V__Kingissepa_nim__kolhoos, lk 39
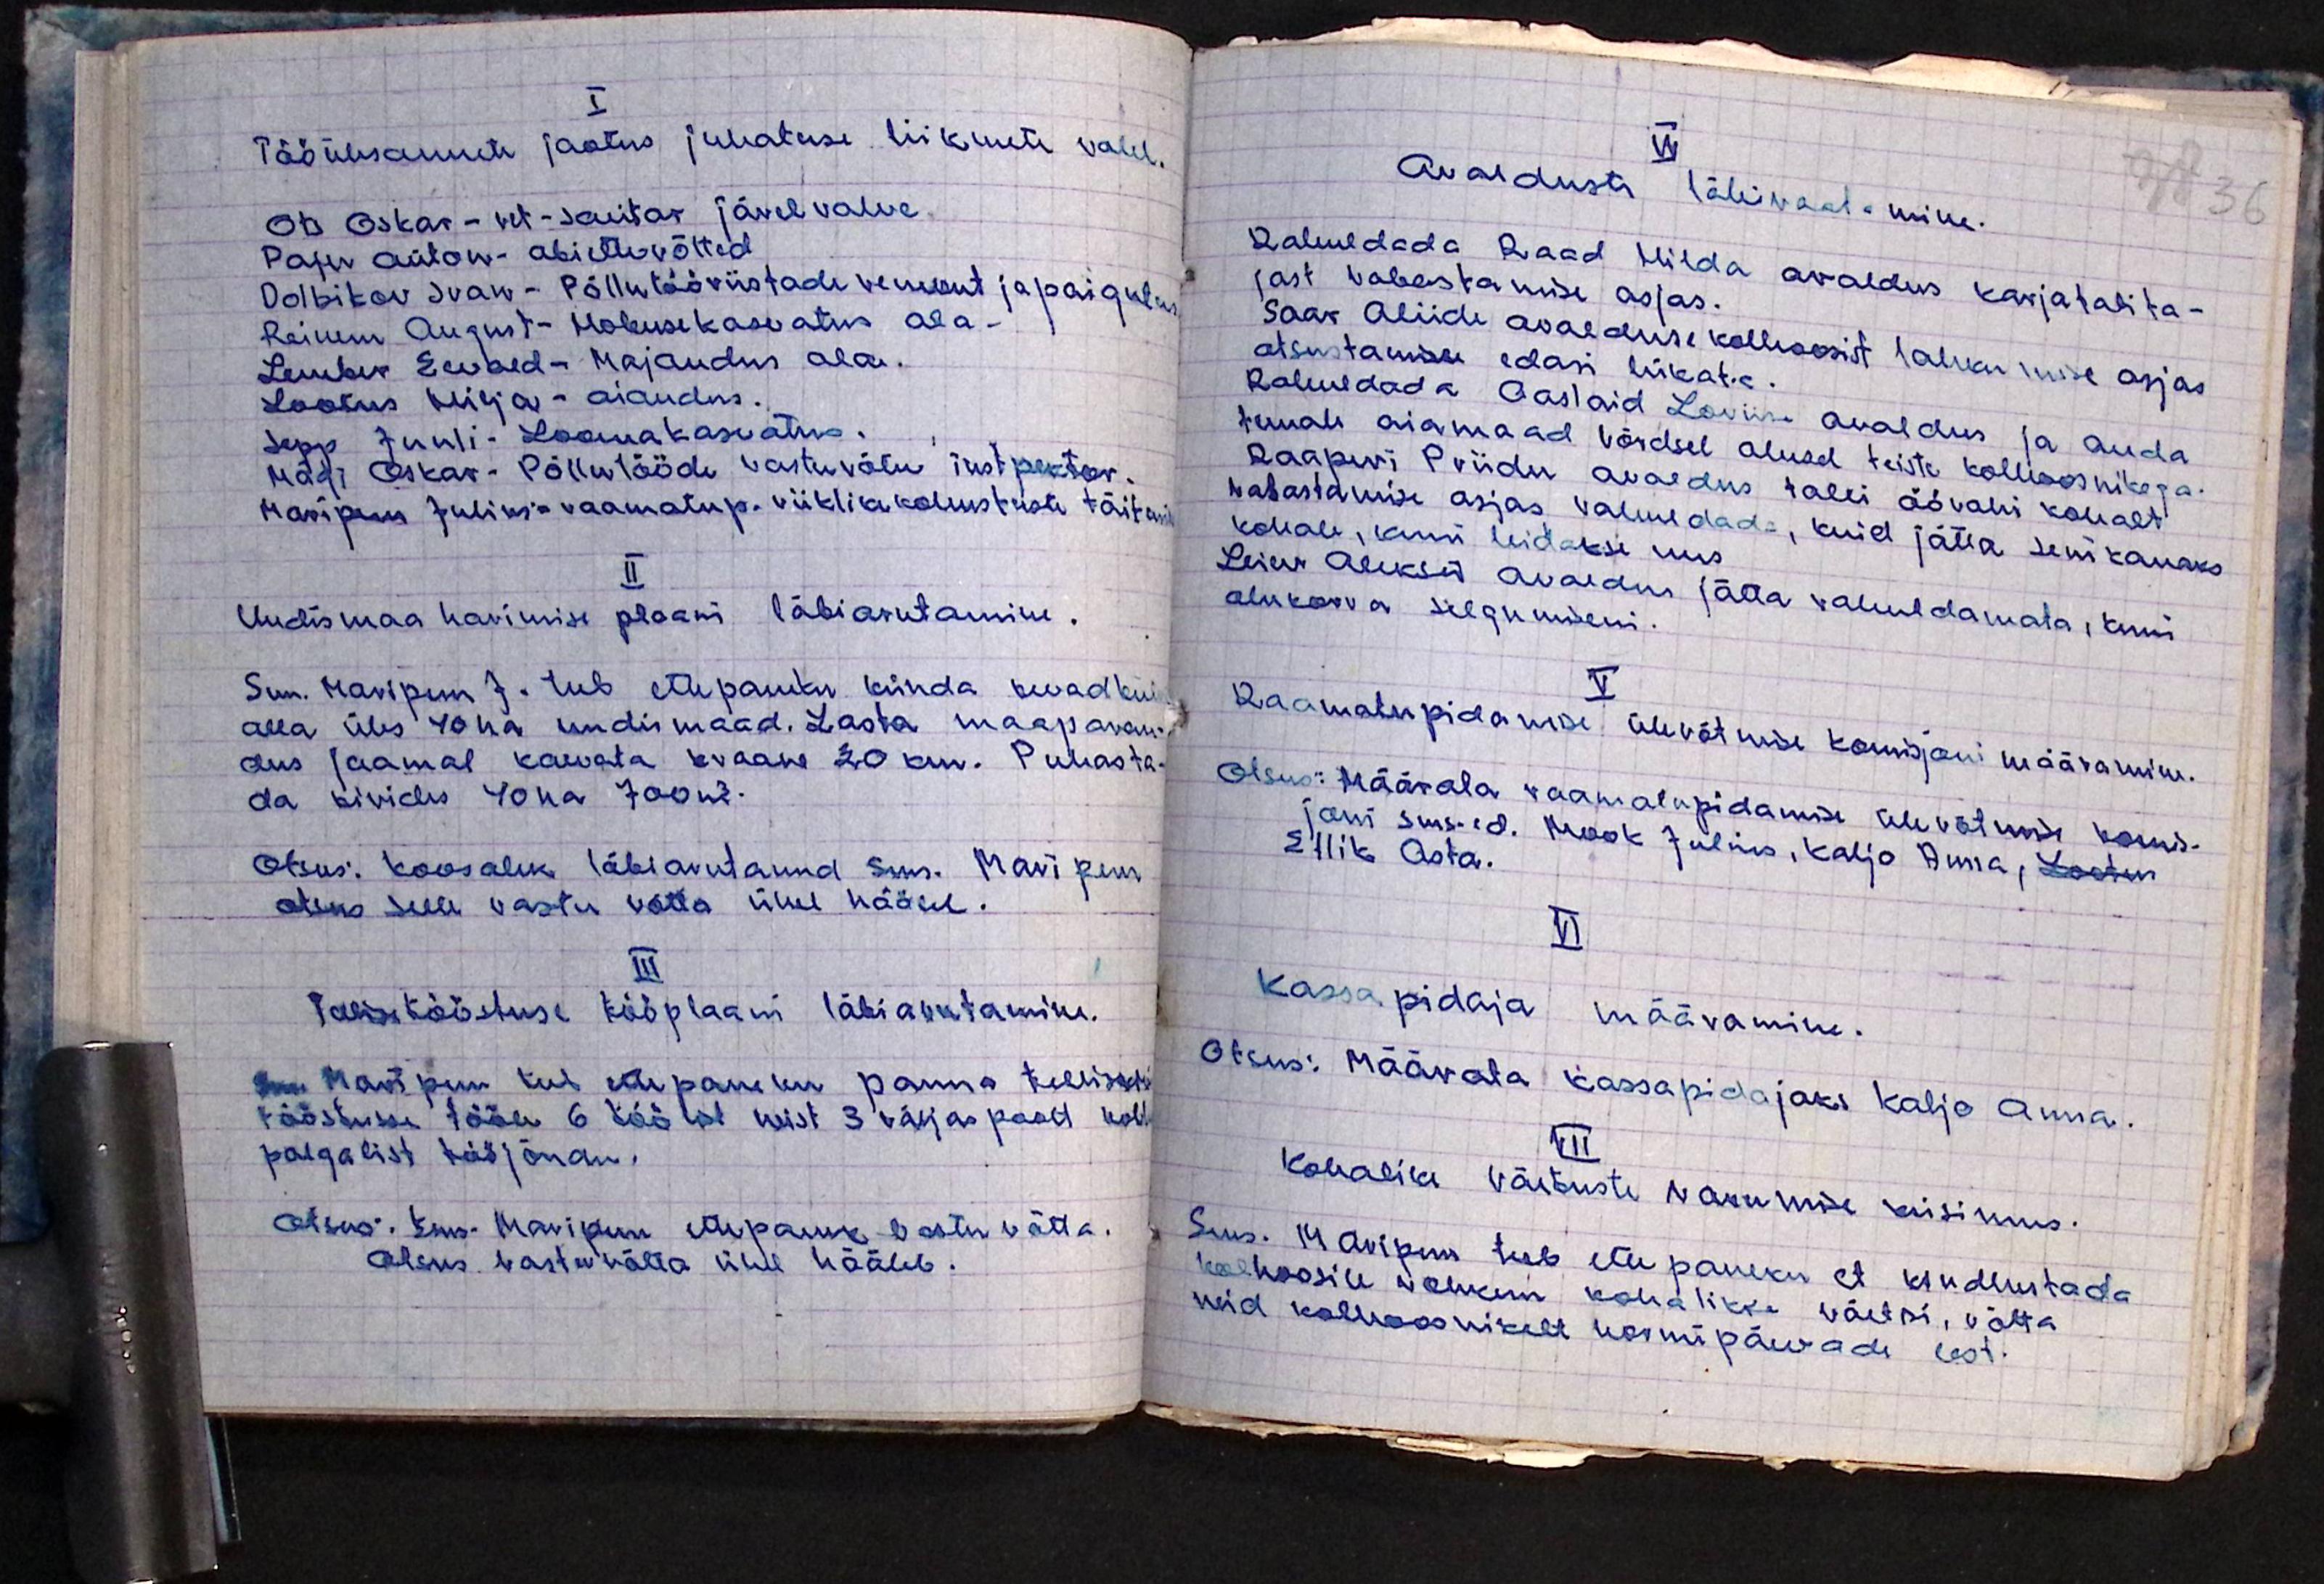
I
Tööülesannete jaotus juhatuse liikmete vahel.
Ots Oskar - vet-sanitar jävelvalve
Paju Anton - abiettevõtted
Dolbikov Ivan- Põllutööriistade remont ja paigutus
Reinem August - hobusekasvatus ala.
Lember Eevald - Majandus ala.
Lootus Hilja - aiandus.
Sepp Juuli - Loomakasvatus.
Mägi Oskar - Põllutööde vastuvõtu instpektor.
Maripuu Julius - raamatup. riiklike kohustuste täita
II
Uudismaa harimise plaani läbiarutamine.
Sms. Maripuu J. teeb ettepaneku künda kevad kui
alla üles 40ha uudismaad. Lasta maaparan-
dus jaamal kaevata kraave 20 km. Puhasta-
da kivides 40ha 700 m3.
Otsus: koosolek läbiarutanud sms. Maripuu
otsus selle vastu võtta ühel häälel.
III
Tellise tööstuse tööplaani läbiarutamine.
Sms. Maripuu teeb ettepaneku panna telliseks
tööstusse tööle 6 töölist neist 3 väljas poolt kolh
palgalist tööjõudu.
Otsus: Sms. Maripuu ettepanek vastu võtta.
Otsus vastu võtta ühel häälel.

IV
Avalduste läbivaatamine.
Rahuldada Raad Hilda avaldus karjatalita-
jast vabastamise asjas.
Saar Aliide avalduse kolhoosist lahkumise asjas
otsustamisele edasi lükata.
Rahuldada Aaslaid Loviise avaldus ja anda
temale aiamaad võrdsel alusel teiste kolhoosnikega.
Raaperi Priidu avaldus talli öövahi kohalt
vabastamise asjas rahuldada, kuid jätta senikauaks
kohale, kuni leidakse uus
Leiev Aleksei avaldus jätta rahuldamata, kuni
olukorra selgumiseni.
V
Raamatupidamise ülevõtmise komisjoni määramine.
Otsus: Määrata raamatupidamise ülevõtmis komis-
joni sms-ed. Mook Julius, Kaljo Anna, Lootus
Ellik Asta.
VI
Kassapidaja määramine.
Otsus: Määrata kassapidajaks Kaljo Anna.
VII
Kohalike väetuste varumise küsimus.
Sms. Maripuu teeb ettepaneku et kindlustada
kolhoosile rohkem kohalikke väetisi, võtta
neid kolhoosnikelt normipäevade eest.